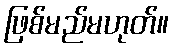
ဖြစ်မည်မဟုတ်။